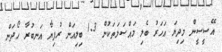
އޭސީސީން މިދިޔަ އަހަރު ބެލި މައްސަލަތަކުން 1.3 ބިލިއަން ރުފިޔާ އަނބުރާ ހޯދަން